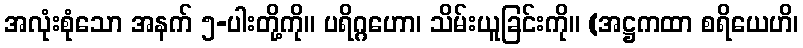
အလုံးစုံသော အနက် ၅-ပါးတို့ကို။ ပရိဂ္ဂဟော၊ သိမ်းယူခြင်းကို။ (အဋ္ဌကထာ စရိယေဟိ၊